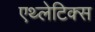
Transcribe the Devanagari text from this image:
एथ्लेटिक्स